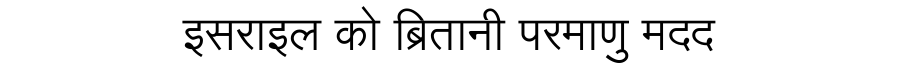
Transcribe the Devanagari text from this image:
इसराइल को ब्रितानी परमाणु मदद